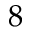
8